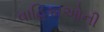
વાહિકાઓની